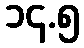
၁၄.၅